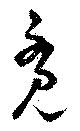
覚